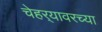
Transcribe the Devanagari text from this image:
चेहर्‍यावरच्या